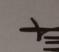
Signature authenticity: genuine